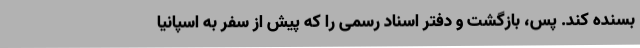
بسنده کند. پس، بازگشت و دفتر اسناد رسمی را که پیش از سفر به اسپانیا